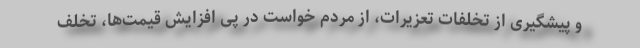
و پیشگیری از تخلفات تعزیرات، از مردم خواست در پی افزایش قیمت‌ها، تخلف